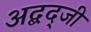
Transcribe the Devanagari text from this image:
अद्बद्जी